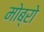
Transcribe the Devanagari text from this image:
मोब्रो